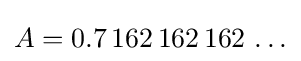
A=0.7\,162\,162\,162\,\ldots